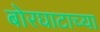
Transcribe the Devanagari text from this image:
बोरघाटाच्या